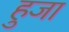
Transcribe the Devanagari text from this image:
हुजा